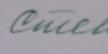
Signature authenticity: forged